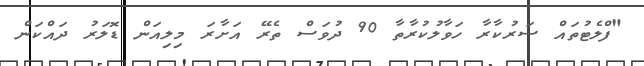
"ފްލެޓުތައް ސަރުކާރާ ހަވާލުކުރާތާ 90 ދުވަސް ތެރޭ އަށާރަ މިލިއަން ޑޮލަރު ދައްކަން